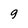
Character: 9